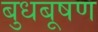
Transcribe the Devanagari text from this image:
बुधबूषण